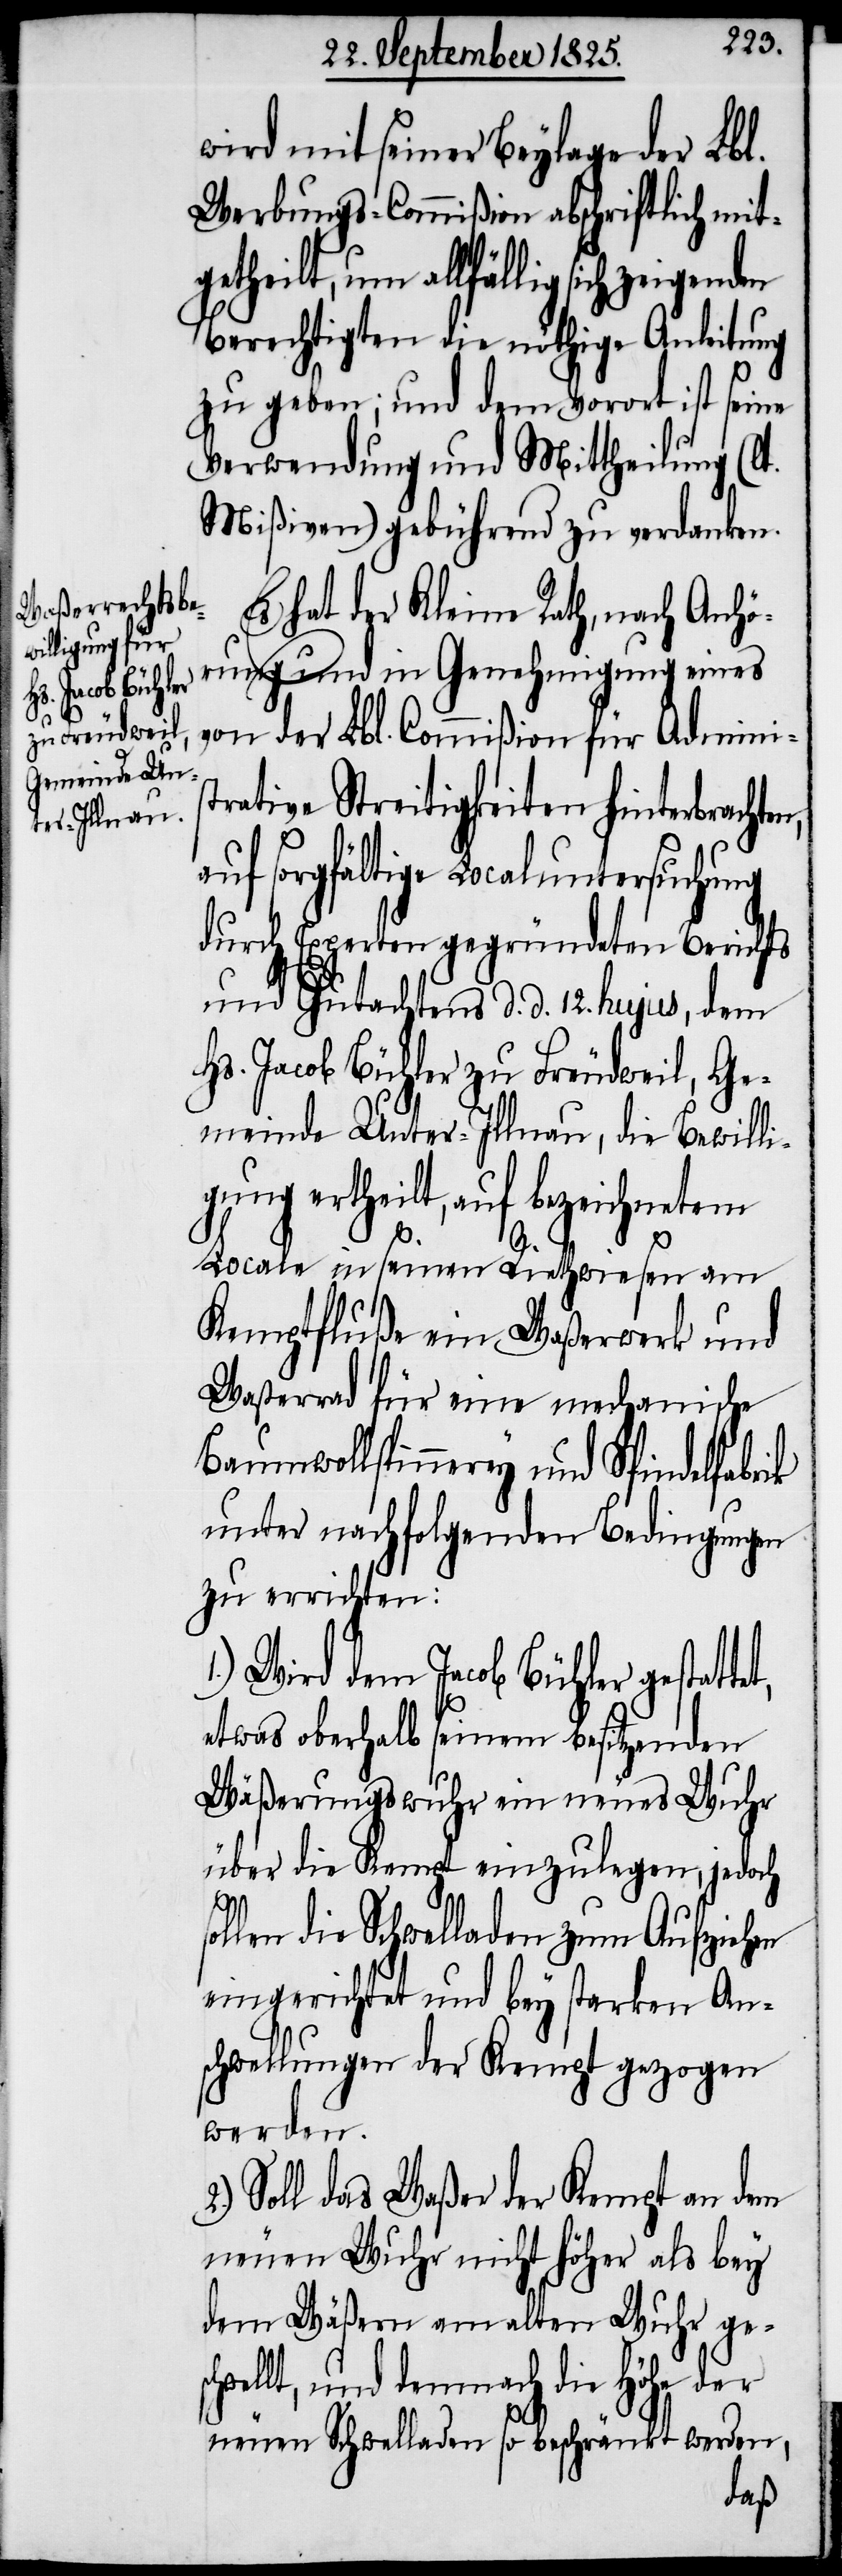
et,
wird mit seiner Beylage der Lbl.
Werbungs-Commißion abschriftlich mit¬
getheilt, um allfällig sich zeigenden
Berechtigten die nöthige Anleitung
zu geben; und dem Vorort ist seine
Verwendung und Mittheilung (lt.
Mißiven) gebührend zu verdanken.
Es hat der Kleine Rath, nach Anhö¬
rung und in Genehmigung eines
von der Lbl. Commißion für Adminis¬
trative Streitigkeiten hinterbrachten,
auf sorgfältige Localuntersuchung
durch Experten gegründeten Berichts
und Gutachtens d. d. 12. hujus, dem
Hs. Jacob Bühler zu Freudweil, Ge¬
meinde Unter-Illnau, die Bewilli¬
gung ertheilt, auf bezeichnetem
Locale in seinen Riethwiesen am
Kemptfluße ein Waßerwerk und
Waßerrad für eine mechanische
Baumwollspinnerey und Spindelfabrik
unter nachfolgenden Bedingungen
zu errichten:
Wird dem Jacob Bühler gestatt¬
etwas oberhalb seinem besitzenden
Wäßerungswuhr ein neues Wuhr
über die Kempt einzulegen, jedoch
ollen die Schwelladen zum Aufziehen
eingerichtet und bey starken An¬
schwellungen der Kempt gezogen
werden.
Soll das Waßer der Kempt an dem
neuen Wuhr nicht höher als bey
dem Wäßern am alten Wuhr gesch¬
wellt, und demnach die Höhe der
neuen Schwelladen so beschränkt werden,
s¬